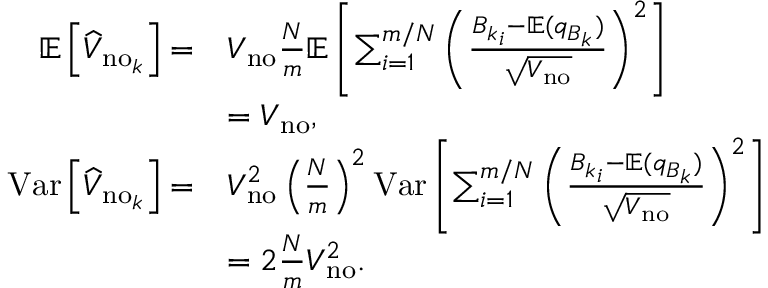
\begin{array} { r l } { \mathbb { E } \left[ \widehat { V } _ { \mathrm { n o } _ { k } } \right] = } & { V _ { \mathrm { n o } } \frac { N } { m } \mathbb { E } \left[ \sum _ { i = 1 } ^ { m / N } \left( \frac { { B _ { k } } _ { i } - \mathbb { E } ( q _ { B _ { k } } ) } { \sqrt { V _ { \mathrm { n o } } } } \right) ^ { 2 } \right] } \\ & { = V _ { \mathrm { n o } } , } \\ { \mathrm { V a r } \left[ \widehat { V } _ { \mathrm { n o } _ { k } } \right] = } & { V _ { \mathrm { n o } } ^ { 2 } \left( \frac { N } { m } \right) ^ { 2 } \mathrm { V a r } \left[ \sum _ { i = 1 } ^ { m / N } \left( \frac { { B _ { k } } _ { i } - \mathbb { E } ( q _ { B _ { k } } ) } { \sqrt { V _ { \mathrm { n o } } } } \right) ^ { 2 } \right] } \\ & { = 2 \frac { N } { m } V _ { \mathrm { n o } } ^ { 2 } . } \end{array}